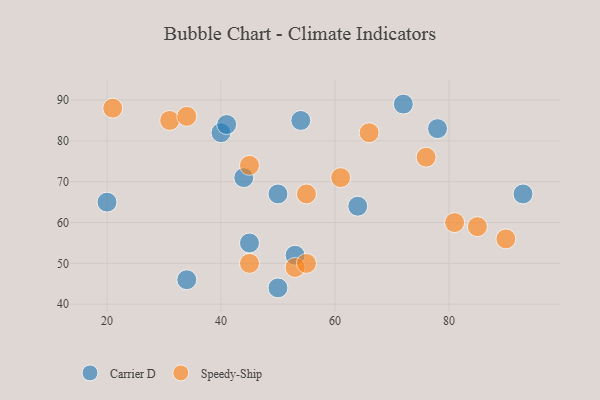
{"axis": {"x": "GDP", "y": "Life Expectancy"}, "legend": ["Carrier D", "Speedy-Ship"], "data": [{"x": "20", "y": 65, "type": "Carrier D"}, {"x": "40", "y": 82, "type": "Carrier D"}, {"x": "54", "y": 85, "type": "Carrier D"}, {"x": "44", "y": 71, "type": "Carrier D"}, {"x": "34", "y": 46, "type": "Carrier D"}, {"x": "50", "y": 44, "type": "Carrier D"}, {"x": "72", "y": 89, "type": "Carrier D"}, {"x": "64", "y": 64, "type": "Carrier D"}, {"x": "45", "y": 55, "type": "Carrier D"}, {"x": "78", "y": 83, "type": "Carrier D"}, {"x": "50", "y": 67, "type": "Carrier D"}, {"x": "41", "y": 84, "type": "Carrier D"}, {"x": "93", "y": 67, "type": "Carrier D"}, {"x": "53", "y": 52, "type": "Carrier D"}, {"x": "53", "y": 49, "type": "Speedy-Ship"}, {"x": "45", "y": 50, "type": "Speedy-Ship"}, {"x": "31", "y": 85, "type": "Speedy-Ship"}, {"x": "66", "y": 82, "type": "Speedy-Ship"}, {"x": "45", "y": 74, "type": "Speedy-Ship"}, {"x": "34", "y": 86, "type": "Speedy-Ship"}, {"x": "21", "y": 88, "type": "Speedy-Ship"}, {"x": "61", "y": 71, "type": "Speedy-Ship"}, {"x": "55", "y": 50, "type": "Speedy-Ship"}, {"x": "85", "y": 59, "type": "Speedy-Ship"}, {"x": "76", "y": 76, "type": "Speedy-Ship"}, {"x": "81", "y": 60, "type": "Speedy-Ship"}, {"x": "90", "y": 56, "type": "Speedy-Ship"}, {"x": "55", "y": 67, "type": "Speedy-Ship"}]}